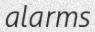
alarms